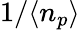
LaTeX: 1/\langle n_{p}\rangle